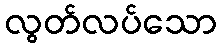
လွတ်လပ်သော